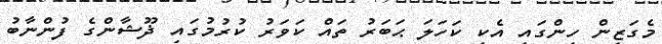
މެގަޒިން ހިންގައި އެކި ކަހަލަ ޙަބަރު ތައް ކަވަރު ކުރުމުގައި ޛޫޝާންގެ ފުންނާބު